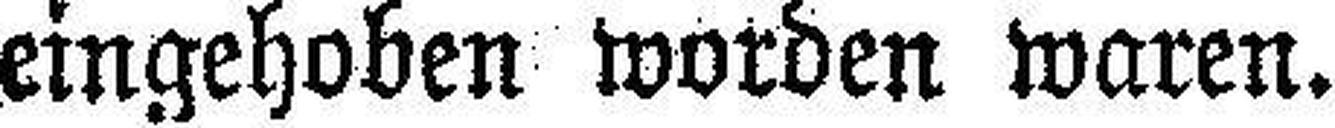
eingehoben worden waren.